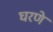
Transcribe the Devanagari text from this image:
घरणे